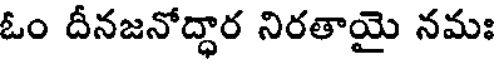
ఓం దీనజనోద్ధార నిరతాయై నమః